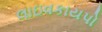
લાઇવકાયપો